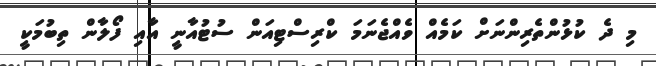
މި ދެ ކުޅުންތެރިންނަށް ކަމެއް ވެއްޖެނަމަ ކްރިސްޓިއަން ސުޓުއާނީ އާއި ފޯލާން ތިބުމަކީ